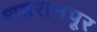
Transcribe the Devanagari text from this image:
शहरानपूर